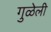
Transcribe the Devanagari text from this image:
गुळेली